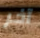
آخر